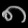
Digit: ၈